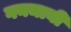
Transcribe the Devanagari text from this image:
गनमानी